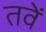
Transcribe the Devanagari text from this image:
तवें